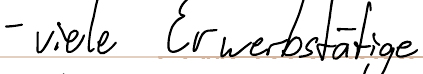
- viele Erwerbstätige